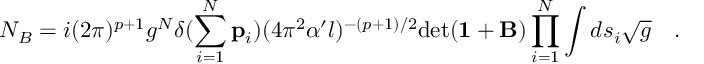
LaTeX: N _ { B } = i ( 2 \pi ) ^ { p + 1 } g ^ { N } \delta ( \sum _ { i = 1 } ^ { N } { \bf p } _ { i } ) ( 4 \pi ^ { 2 } \alpha ^ { \prime } l ) ^ { - ( p + 1 ) / 2 } \mathrm { d e t } ( { \bf 1 } + { \bf B } ) \prod _ { i = 1 } ^ { N } \int d s _ { i } { \sqrt { g } } \quad .